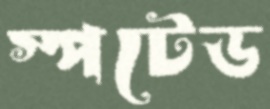
স্পটেড